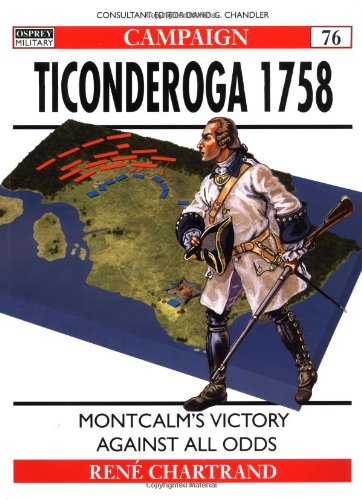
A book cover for Ticonderoga 1758: Montcalm's victory against all odds (Campaign); Rene Chartrand; History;